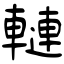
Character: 轋